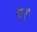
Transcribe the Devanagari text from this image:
ग१